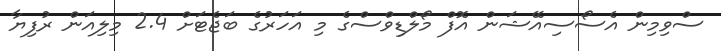
ސްވިމިން އެސޯސިއޭޝަން އޮފް މޯލްޑިވްސްގެ މި އަހަރުގެ ބަޖެޓަށް 2.4 މިލިއަން ރުފިޔާ